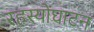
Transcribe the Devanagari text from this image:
रहस्योंघाटन